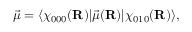
\vec { \mu } = \langle \chi _ { 0 0 0 } ( \mathbf { R } ) | \vec { \mu } ( \mathbf { R } ) | \chi _ { 0 1 0 } ( \mathbf { R } ) \rangle ,